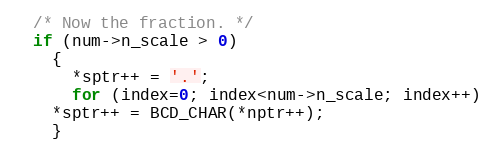
Language: C++
  /* Now the fraction. */
  if (num->n_scale > 0)
    {
      *sptr++ = '.';
      for (index=0; index<num->n_scale; index++)
	*sptr++ = BCD_CHAR(*nptr++);
    }